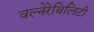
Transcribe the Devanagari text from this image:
वल्नेरेबिलिटी